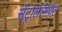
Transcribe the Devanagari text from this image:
सेंट्रोलेसिथैल